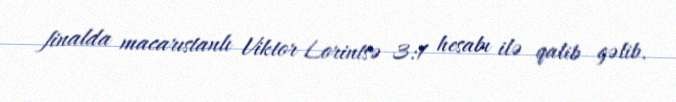
finalda macarıstanlı Viktor Lorintsə 3:1 hesabı ilə qalib gəlib.